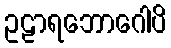
ဥဠာရဘောဂေါပိ